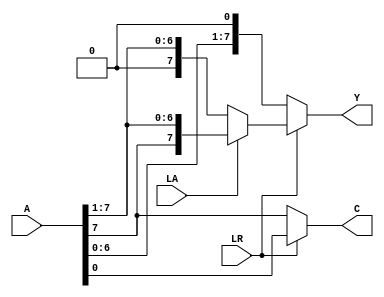
module shifter(A, LA, LR, Y, C); // add all inputs and outputs inside parentheses

  // inputs
  input [7:0] A;
  input LA, LR;

  // outputs
  output [7:0] Y;
  output C;

  // reg and internal variable definitions
  wire [7:0] YSRA, YSRL, YSLL;
  wire CSRA, CSRL, CSLL;
  
  // implement module here
  assign YSRA = {A[7],A[7:1]};
  assign YSRL = {1'b0,A[7:1]};
  assign YSLL = {A[6:0],1'b0};
  assign CSRA = A[0];
  assign CSRL = A[0];
  assign CSLL = A[7];
  assign Y = ~LR ? YSLL : (LA ? YSRA : YSRL);
  assign C = ~LR ? CSLL : (LA ? CSRA : CSRL);
  
endmodule